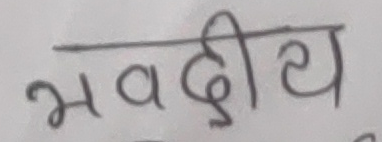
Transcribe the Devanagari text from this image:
भवदीय